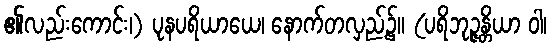
၏လည်းကောင်း၊) ပုနပရိယာယေ၊ နောက်တလှည့်၌။ (ပရိဘုဉ္ဇန္တိယာ ဝါ၊